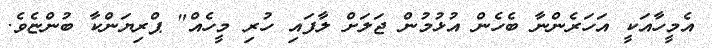
އެމީހާއަކީ އަހަރެންނާ ބެހެން އުޅުމުން ޖަލަށް ލާފައި ހުރި މީހެއް" ޕްރިޔަންކާ ބުންޏެވެ.